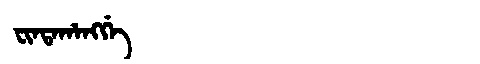
Manchu: ᠸᡳᠨᡨᠠᡥᠠᠩᡤᡝ
Romanization: FINTAHANGGE